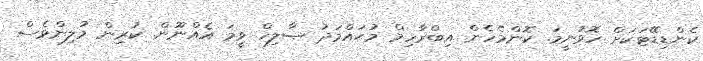
ކެންޑިޑޭޓަކަށް ހޮވުނީމަ. ކޮންމެހެން އިބްރާހިމް މުޙައްމަދު ޞާލިހް ވީމަ އެއްނޫން. ކުރިން މުލިންވެސް